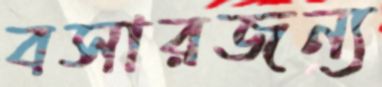
বসারজন্য